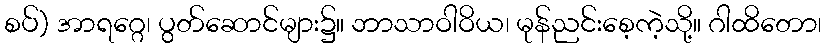
စပ်) အာရဂ္ဂေ၊ ပွတ်ဆောင်များ၌။ ဘာသာဝါဝိယ၊ မုန်ညင်းစေ့ကဲ့သို့။ ဂါထိတော၊